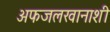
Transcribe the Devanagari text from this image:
अफजलखानाशी